Civil Veterinary Dept. Bombay admin report 1932-41 - 1932-1941
Year: 1932
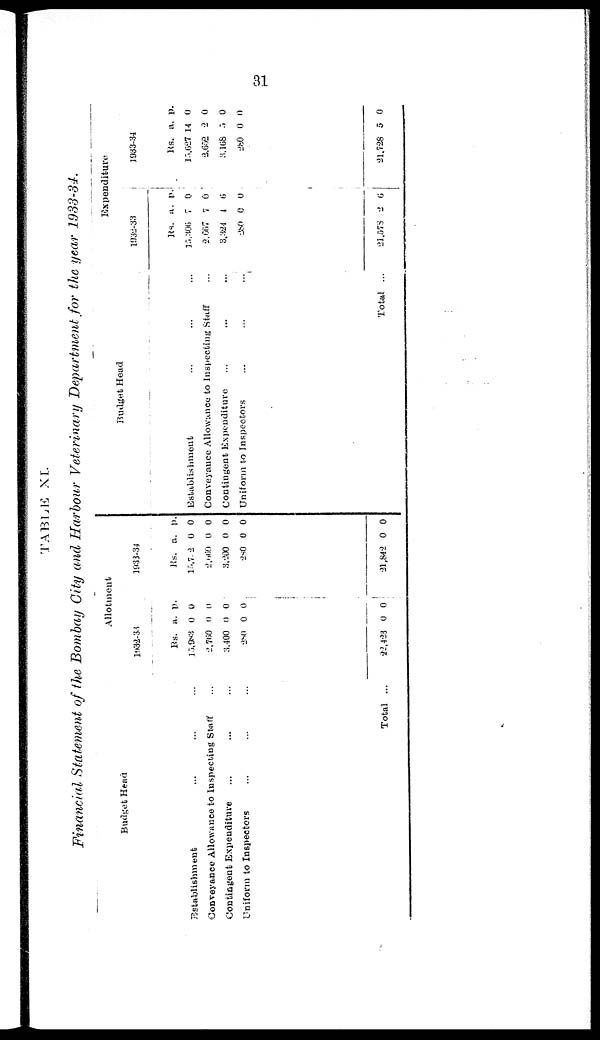
31
TABLE
XI.
Financial Statement of the Bombay City and Harbour Veterinary Department for the year 1933-34.
Budget Head
Establishment ... ... ...
Conveyance Allowance to Inspecting Staff ...
Contingent Expenditure ... ... ...
Uniform to Inspectors ... ... ...
Total ...
Allotment
1932-34
Rs.
15,983
2,760
3,400
280
22,433
a.
0
0
0
0
0
p.
0
0
0
0
0
1933-34
Rs.
15,7 2
2,66
3,200
280
21,842
a.
0
9 0
0
0
0
p.
0
0
0
0
0
Budget Head
Establishment ...
Conveyance Allowance to Inspecting Stuff ...
Contingent Expenditure
Uniform to Inspectors ... ... ...
Total ...
Expenditure
1932-33
Rs.
15,306
2,667
8,324
280
21,573
a.
7
7
4
0
2
p.
0
0
6
0
6
1933-34
Rs.
13,627
2,652
3,168
280
21,728
a.
14
2
5
0
5
p.
0
0
0
0
0